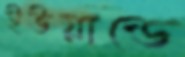
ইউয়ান্ডে